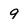
Character: 9